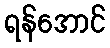
ရန်အောင်